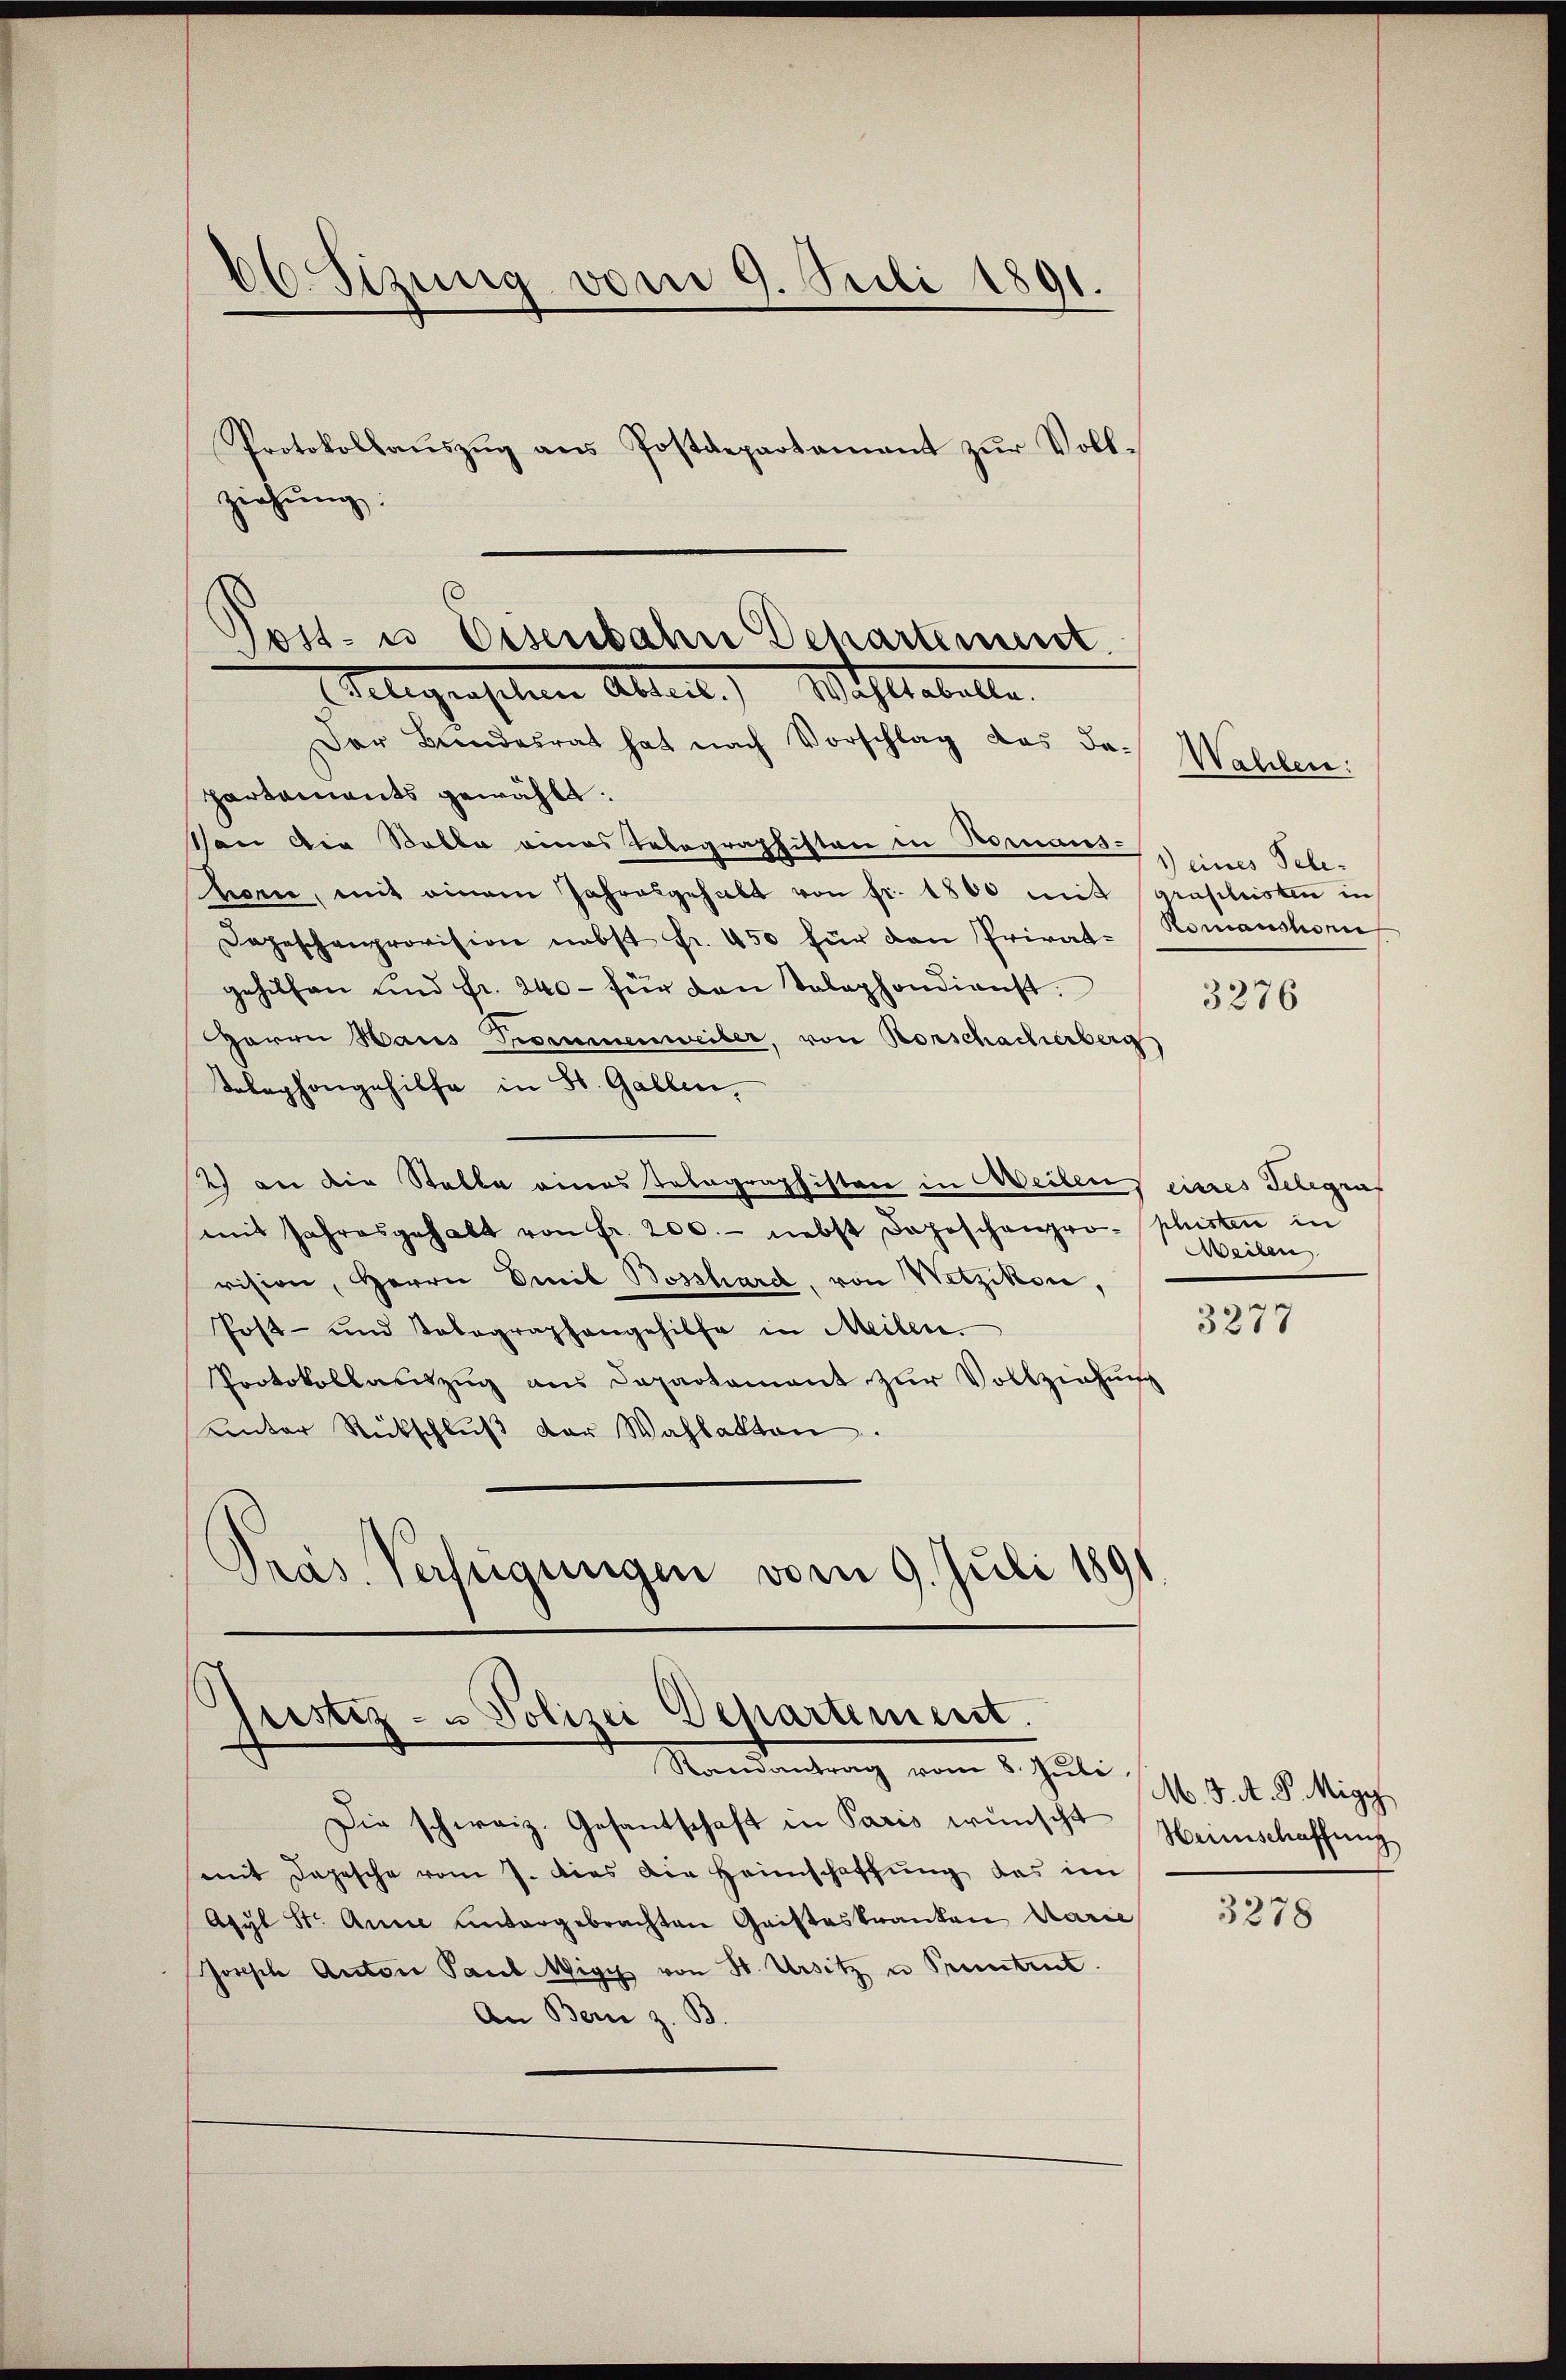
66. Sizung vom 9. Juli 1891.
Protokollaŭszŭg ans Postdepartement zŭr Voll-
ziehung:

Post- u Eisenbahn Departement.
Telegenschen Abteil. Waltabelle

Justiz- & Polizei Departement.
Nandantrag vom 5. Juli 16. d. d. d. Sigg,

Der Bundesrat hat nach Vorschlag das das Wahlen:
partaments gewählt.
Von die Solle eines Telegraphiston in Bomans-
heren, mit einem Jahresgehalt von fr. 1800 mit Grafleisten in
Depeschenprovision nebst fr. 450 für den Privat-Komanshorn
gehilfen und fr. 240 - für den Telephondienst.
Herrn Haus Pommenweiber, von Rorschacherberg
Telephongehilfe in St. Gallen.
2) an die Stelle eines Telegraphisten in Weiben erres Schlegens
mit Jahresgehalt von fr. 200.- nebst dageschenpro-phisten in
vision, Herrn Deib Bosshard, von Wetzikon,
Post- und Tabagraphangehilfe in Meilen.
Protokollauszug aus Departament zur Vollziehung
unter Rückschlŭβ der Wahlakten.
Pras Verfügungen vom 9. Juli 1891

Die schweiz. Gesantschaft in Paris wünscht Heimschaffung
mit Depesche vom 7. dies die Heimschaffung das im
Asyl Str. Anne untergebrachten Gaisteskranken Marie,
sorische Anton Paul Wigg von St. Ursitz u Pruntrut.
An Bern z. B.

1) eines Tele¬

3276

Weilen

3277

3278